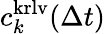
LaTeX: c_{k}^{\mathrm{krlv}}(\Delta t)